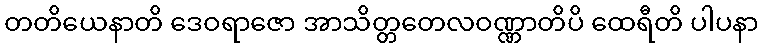
တတိယေနာတိ ဒေဝရာဇော အာသိတ္တတေလဝဏ္ဏာတိပိ ထေရီတိ ပါပနာ